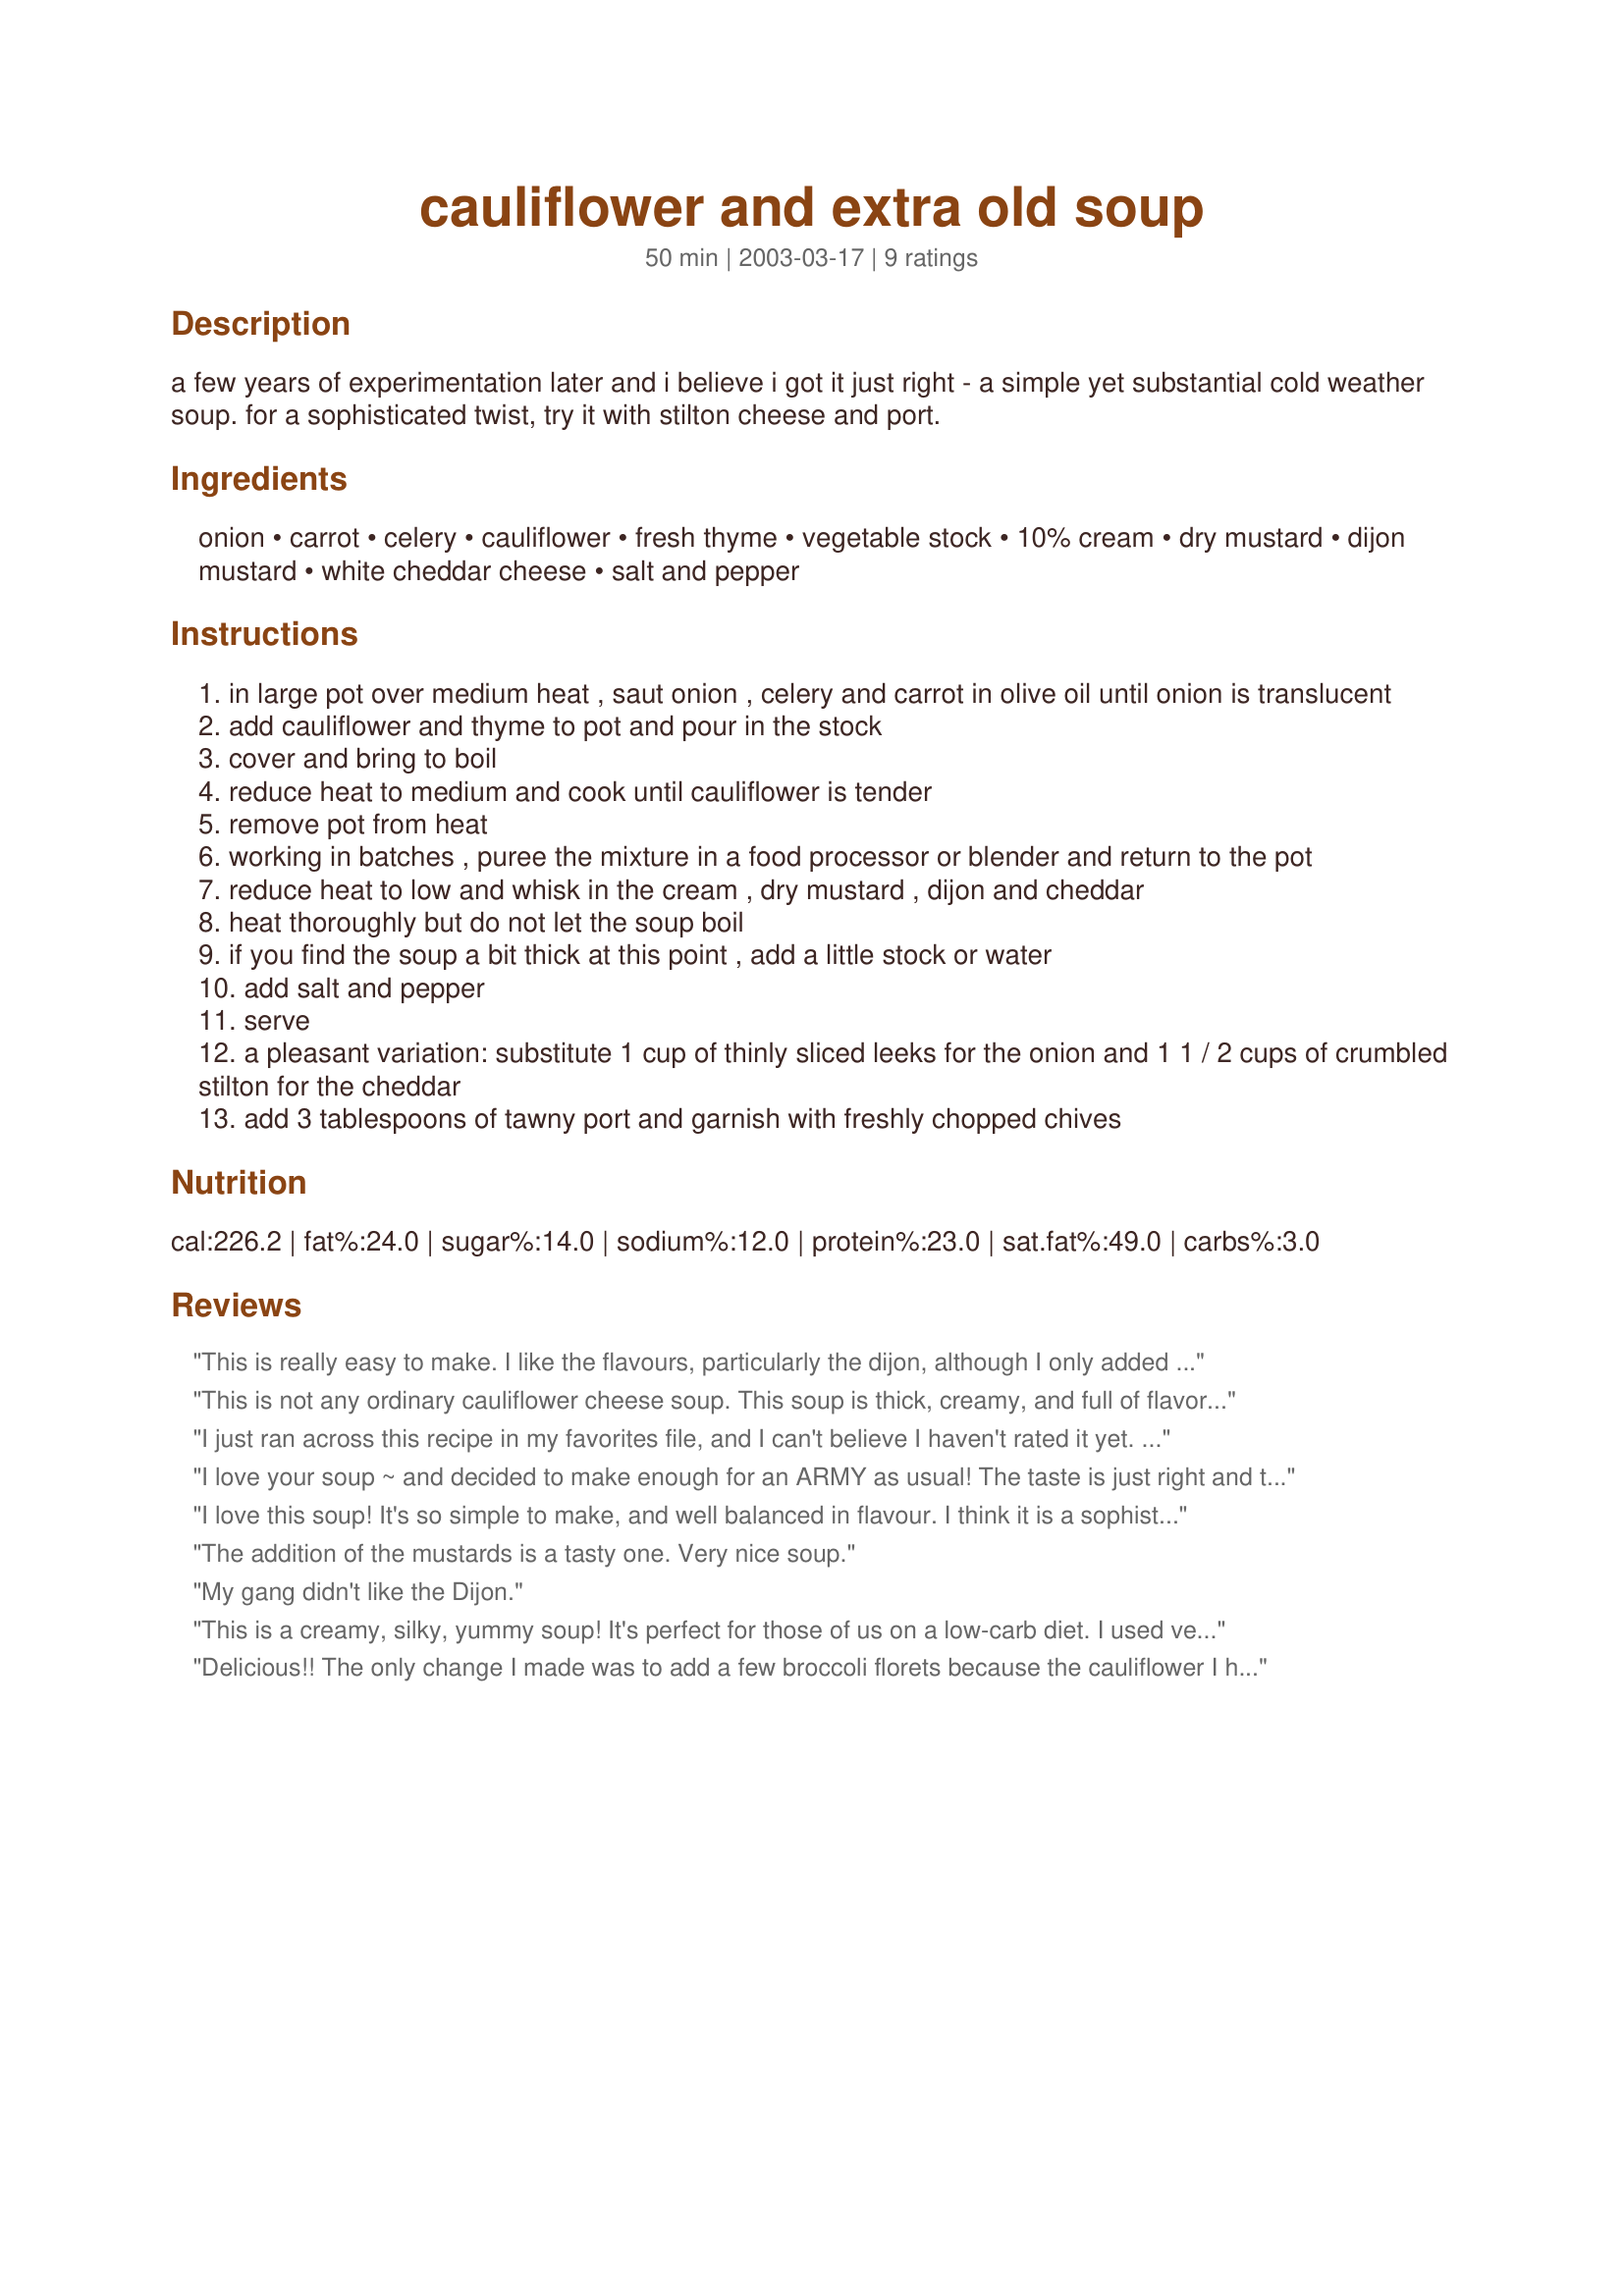
cauliflower and extra old soup
Preparation time: 50 minutes

a few years of experimentation later and i believe i got it just right - a simple yet substantial cold weather soup. for a sophisticated twist, try it with stilton cheese and port.

Ingredients:
onion, carrot, celery, cauliflower, fresh thyme, vegetable stock, 10% cream, dry mustard, dijon mustard, white cheddar cheese, salt and pepper

Steps:
in large pot over medium heat , saut onion , celery and carrot in olive oil until onion is translucent
add cauliflower and thyme to pot and pour in the stock
cover and bring to boil
reduce heat to medium and cook until cauliflower is tender
remove pot from heat
working in batches , puree the mixture in a food processor or blender and return to the pot
reduce heat to low and whisk in the cream , dry mustard , dijon and cheddar
heat thoroughly but do not let the soup boil
if you find the soup a bit thick at this point , add a little stock or water
add salt and pepper
serve
a pleasant variation: substitute 1 cup of thinly sliced leeks for the onion and 1 1 / 2 cups of crumbled stilton for the cheddar
add 3 tablespoons of tawny port and garnish with freshly chopped chives

Reviews:
This is really easy to make. I like the flavours, particularly the dijon, although I only added 1 tablespoon of the dijon as I wanted to see what that would taste like before I considered adding more. I think I'll leave it at the 1 tbsp as that flavour level works for me. I also used skim milk (1/2 a cup) instead of the cream or evaporated milk, and it worked well. How much milk you use would depend on how thick you wanted it. The soup was tasty and I'll make it again!
This is not any ordinary cauliflower cheese soup. This soup is thick, creamy, and full of flavor! The extra old cheddar and the Dijon really make a great combination, but are not overpowering. I made it just as written and wouldn't change a thing. You can bet that I'll make this again. Thanx for sharing the recipe.
I just ran across this recipe in my favorites file, and I can't believe I haven't rated it yet. To date, this has been one of my most frequently served Zaar soups. This is a wonderful soup, and it lends itself well to variations depending on the cheese you may have on hand. It is also a natural for crock pot cooking, so that's another big plus!
Thanks for the recipe, Highland Lass. It has become a family favorite.
 I love your soup ~ and decided to make enough for an ARMY as usual! The taste is just right and the only different thing I used in it was Seasond Salt instead of regluar Salt ! I think you got it just right !!! Thank for this one!
I love this soup! It's so simple to make, and well balanced in flavour. I think it is a sophisticated dish even without the stilton or port! Bravo!
The addition of the mustards is a tasty one. Very nice soup.
My gang didn't like the Dijon.
This is a creamy, silky, yummy soup! It's perfect for those of us on a low-carb diet. I used vegetable stock and real full fat cream. Left out the carrot and used two huge onions! I pureed the soup right in the pot with an immersion blender (known in our house as The Stick). Pay close attention to Step #8, do not let the soup boil, it can burn on the bottom of your pot. This reheats beautifully in the microwave. I can't wait to try a version with chopped leeks and maybe a little smoked mozzarella.
Delicious!! The only change I made was to add a few broccoli florets because the cauliflower I had was very small. We enjoyed this and I am looking forward to leftovers. Thanks!
